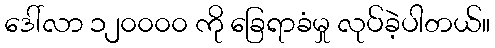
ဒေါ်လာ ၁၂၀၀၀၀ ကို ခြေရာခံမှု လုပ်ခဲ့ပါတယ်။